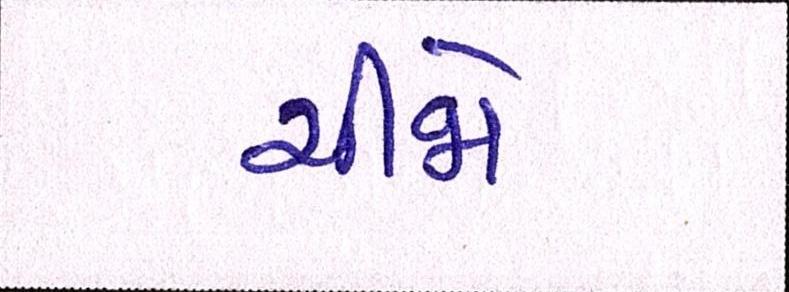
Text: ચીજો